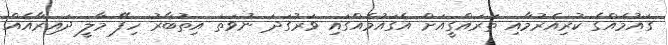
ގައުމެއްގެ ކުރިއެރުމާއި ތަރައްގީއަށް އެގައުމެއްގައި ވަރުގަދަ ނުވަތަ އިތުބާރު ހިފޭ މާލީ ދައިރާއެއް